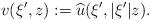
LaTeX: \begin{align*} v(\xi',z) := \widehat{u}(\xi',|\xi'|z).\end{align*}